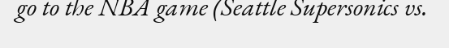
go to the NBA game (Seattle Supersonics vs.